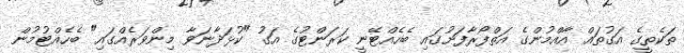
ތަކެތީގެ އަގުތައް އާއްމުންގެ އަތްފޯރާފަށުގައި ބެހެއްޓޭނީ ކަރަންޓުގެ އަގު "ކުޅަދާނަވާ މިންވަރެއްގައި" ބެހެއްޓުމުން